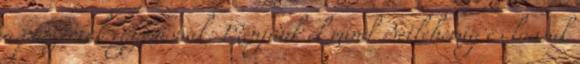
a pásztorok egymásnak: Menjünk el mind Betlehemig és lássuk